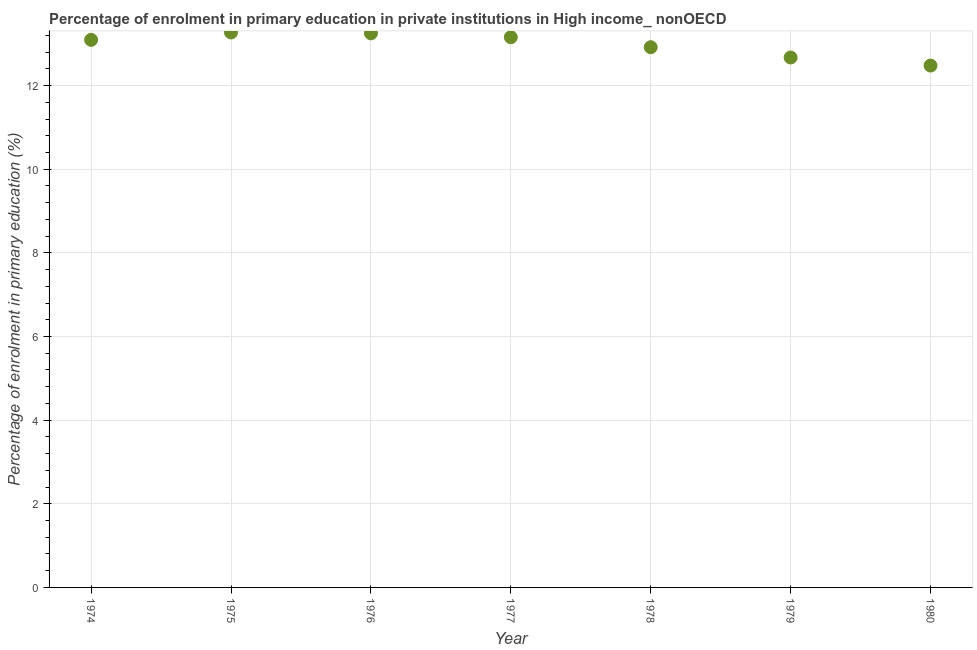
| Year | Enrolment  |
 | --- | --- |
 | 1974 | 13.1 |
 | 1975 | 13.3 |
 | 1976 | 13.3 |
 | 1977 | 13.2 |
 | 1978 | 12.9 |
 | 1979 | 12.7 |
 | 1980 | 12.5 |